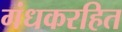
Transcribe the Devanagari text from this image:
गंधकरहित